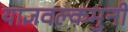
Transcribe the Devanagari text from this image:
याज्ञवल्कमुनी